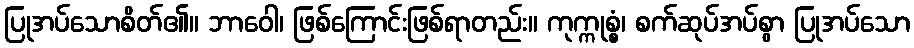
ပြုအပ်သောစိတ်၏။ ဘာဝေါ၊ ဖြစ်ကြောင်းဖြစ်ရာတည်း။ ကုက္ကုစ္စံ၊ စက်ဆုပ်အပ်စွာ ပြုအပ်သော